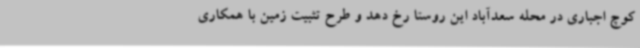
کوچ اجباری در محله سعدآباد این روستا رخ دهد و طرح تثبیت زمین با همکاری